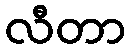
လီတာ